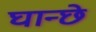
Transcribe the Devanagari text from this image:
घान्छे